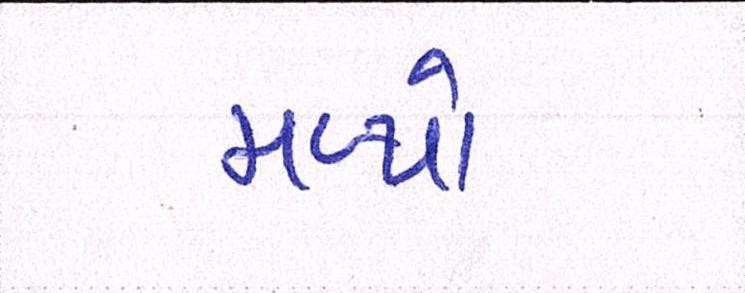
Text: મળ્યો